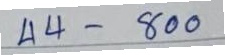
44 - 800